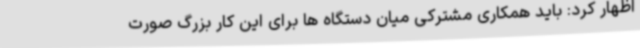
اظهار کرد: باید همکاری مشترکی میان دستگاه ها برای این کار بزرگ صورت